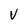
Character: V